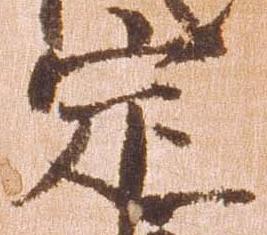
定